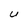
Character: U